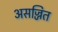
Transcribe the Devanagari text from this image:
असज्जित